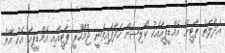
އަދާލަތު ޕާޓީން އެމްޑީޕީއާއެކު ކޯލިޝަން ހަދާފައިވަނީ ޖުމްހޫރީ ޕާޓީއާއި އެމްޑީޕީއާ އެކު އޭރު